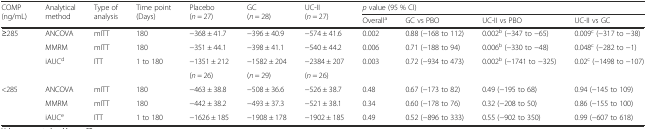
| <ROWSPAN=2> COMP (ng/mL) | <ROWSPAN=2> Analytical method | <ROWSPAN=2> Type of analysis | <ROWSPAN=2> Time point (Days) | <ROWSPAN=2> Placebo (n = 27) | <ROWSPAN=2> GC (n = 28) | <ROWSPAN=2> UC-II (n = 27) | <COLSPAN=4> p value (95 % CI) |
 | Overalla | GC vs PBO | UC-II vs PBO | UC-II vs GC |
 | --- | --- | --- | --- | --- | --- | --- | --- | --- | --- | --- |
 | <ROWSPAN=3> ≥285 | ANCOVA | mITT | 180 | −368 ± 41.7 | −396 ± 40.9 | −574 ± 41.6 | 0.002 | 0.88 (−168 to 112) | 0.002b (−347 to −65) | 0.009c (−317 to −38) |
 | MMRM | mITT | 180 | −351 ± 44.1 | −398 ± 41.1 | −540 ± 44.2 | 0.006 | 0.71 (−188 to 94) | 0.006b (−330 to −48) | 0.048c (−282 to −1) |
 | iAUCd | ITT | 1 to 180 | −1351 ± 212 | −1582 ± 204 | −2384 ± 207 | 0.003 | 0.72 (−934 to 473) | 0.002b (−1741 to −325) | 0.02c (−1498 to −107) |
 |  |  |  |  | (n = 26) | (n = 29) | (n = 26) |  |  |  |  |
 | <ROWSPAN=3> <285 | ANCOVA | mITT | 180 | −463 ± 38.8 | −508 ± 36.6 | −526 ± 38.7 | 0.48 | 0.67 (−173 to 82) | 0.49 (−195 to 68) | 0.94 (−145 to 109) |
 | MMRM | mITT | 180 | −442 ± 38.2 | −493 ± 37.3 | −521 ± 38.1 | 0.34 | 0.60 (−178 to 76) | 0.32 (−208 to 50) | 0.86 (−155 to 100) |
 | iAUCe | ITT | 1 to 180 | −1626 ± 185 | −1908 ± 178 | −1902 ± 185 | 0.49 | 0.52 (−896 to 333) | 0.55 (−902 to 350) | 0.99 (−607 to 618) |